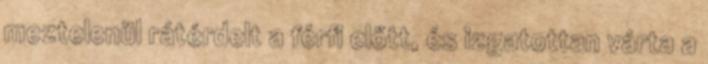
meztelenül rátérdelt a férfi előtt, és izgatottan várta a